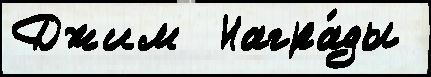
Джим  Награ́ды